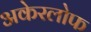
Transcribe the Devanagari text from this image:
अकेरलोफ